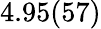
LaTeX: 4.95(57)